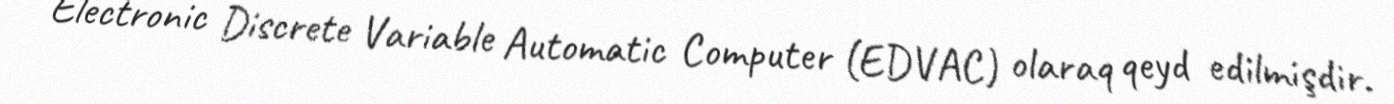
Electronic Discrete Variable Automatic Computer (EDVAC) olaraq qeyd edilmişdir.